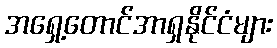
အရှေ့တောင်အာရှနိုင်ငံများ